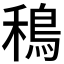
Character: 𫚴